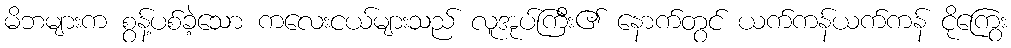
မိဘများက စွန့်ပစ်ခဲ့သော ကလေးငယ်များသည် လူအုပ်ကြီး၏ နောက်တွင် ယက်ကန်ယက်ကန် ငိုကြွေး